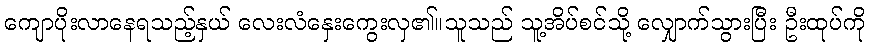
ကျောပိုးလာနေရသည့်နှယ် လေးလံနှေးကွေးလှ၏။သူသည် သူ့အိပ်စင်သို့ လျှောက်သွားပြီး ဦးထုပ်ကို